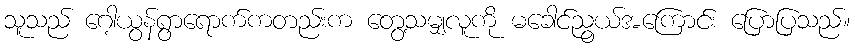
သူသည် ဂေါ့ယွန်ရွာရောက်ကတည်းက တွေ့သမျှလူကို မခေါင်ညွယ်အကြောင်း ပြောပြသည်။